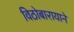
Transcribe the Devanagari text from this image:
विठोबारायाने